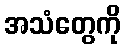
အသံတွေကို